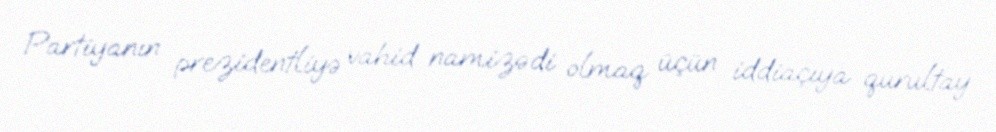
Partiyanın prezidentliyə vahid namizədi olmaq üçün iddiaçıya qurultay